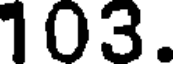
103.